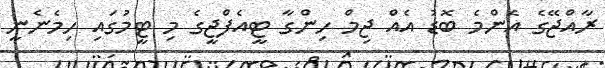
ރާއްޖޭގެ އެންމެ ބޮޑު އެއް ޖިމް ހިންގާ ޓީއެފްޖީގެ މި ޓީމުގައި ހިމެނެނީ